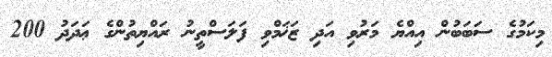
މިކަމުގެ ސަބަބުން އިއްޔެ މަރުވި އަދި ޒަޚަމްވި ފަލަސްތީނު ރައްޔިތުންގެ ޢަދަދު 200